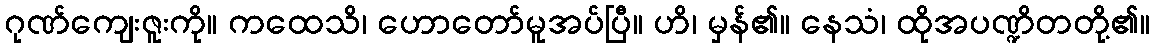
ဂုဏ်ကျေးဇူးကို။ ကထေသိ၊ ဟောတော်မူအပ်ပြီ။ ဟိ၊ မှန်၏။ နေသံ၊ ထိုအပဏ္ဍိတတို့၏။